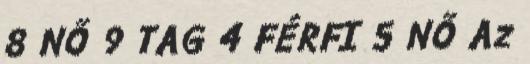
8 NŐ 9 TAG 4 FÉRFI 5 NŐ Az